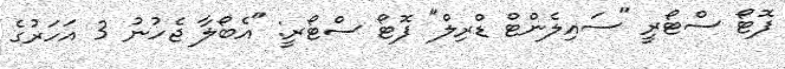
ފޮޓޯ ސްޓޯރީ "ސައިލެންޓް ޑްރިލް" ފޮޓޯ ސްޓޯރީ: "އެބޯލާ ޖެހުނު 3 އަހަރުގެ